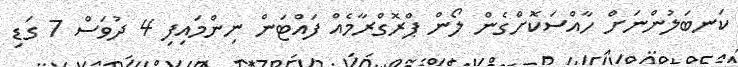
ކަނބަލުންނަށް ހާއްސަކޮށްގެން ލޯން ޕްރޮގްރާމެއް ފައްޓަން ނިންމައިފި 4 ދުވަސް 7 ގަޑި